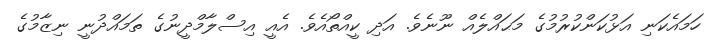
ހަމައެކަނި އަޅުކަންކުރުމުގެ މަޙައްލެއް ނޫނެވެ. އަދި ކީއްތޯއެވެ. އެއީ އިސްލާމްދީނުގެ ތަމައްދުނީ ނިޒާމުގެ